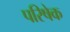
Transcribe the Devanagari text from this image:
परिषेक